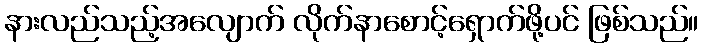
နားလည်သည့်အလျောက် လိုက်နာစောင့်ရှောက်ဖို့ပင် ဖြစ်သည်။